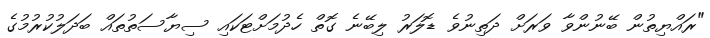
"ރައްޔިތުން ބޭނުންވާ ވަރަށް ދަތިނުވެ ޑޮލަރު ލިބޭނެ ގޮތް ހެދުމަށްޓަކައި ސިޔާސަތުތައް ބަދަލުކުރުމުގެ